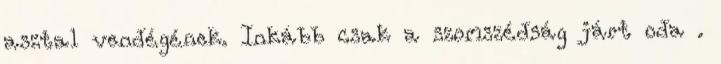
asztal vendégének. Inkább csak a szomszédság járt oda .